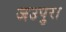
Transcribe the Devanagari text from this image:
जउपुरा